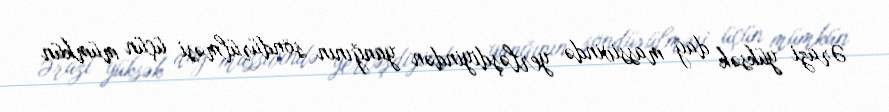
Ərazi yüksək dağ massivində yerləşdiyindən yanğının söndürülməsi üçün mümkün